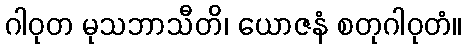
ဂါဝုတ မုသဘာသီတိ၊ ယောဇနံ စတုဂါဝုတံ။